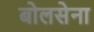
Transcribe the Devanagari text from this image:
बोलसेना